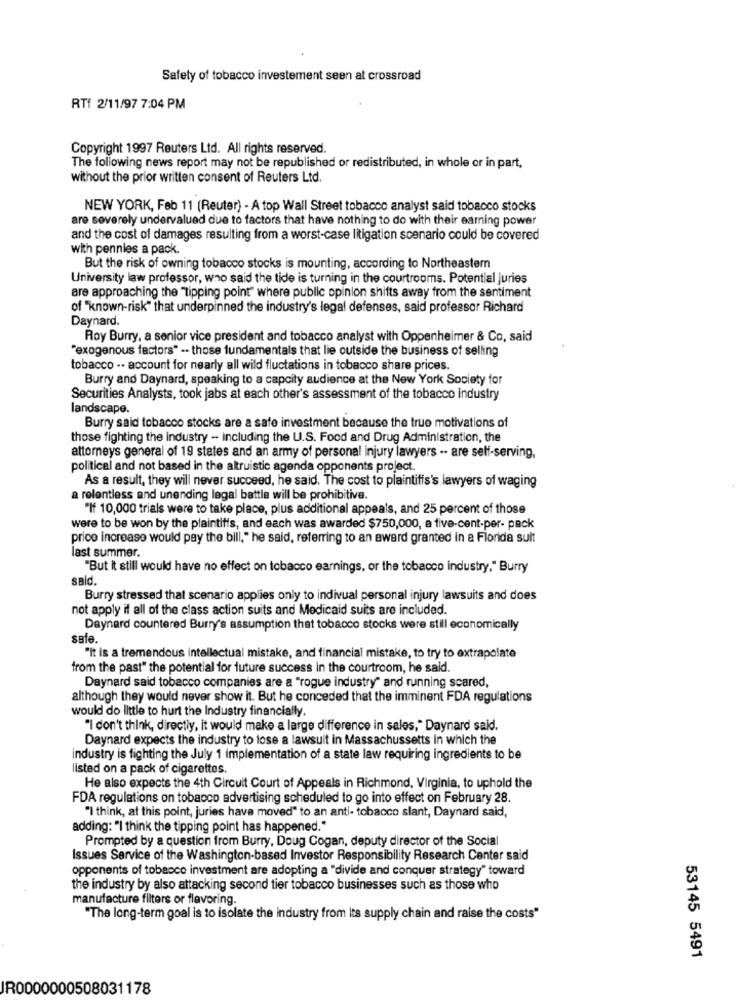
Safety of tobacco investement seen at crossroad
RTf 2/11/97 7:04 PM
Copyright 1997 Reuters Ltd. All rights reserved.
The following news report may not be republished or redistributed, in whole or in part,
without the prior written consent of Reuters Ltd.
NEW YORK, Feb 11 (Reuter) - A top Wall Street tobacco analyst said tobacco stocks
are severely undervalued due to factors that have nothing to do with their earning power
and the cost of damages resulting from a worst-case litigation scenario could be covered
with pennies a pack.
But the risk of owning tobacco stocks is mounting, according to Northeastern
University law professor, who said the tide is turning in the courtrooms. Potential juries
are approaching the "tipping point" where public opinion shifts away from the sentiment
of "known-risk" that underpinned the industry's legal defenses, said professor Richard
Daynard.
Roy Burry, a senior vice president and tobacco analyst with Oppenheimer & Co, said
"exogenous factors" .. those fundamentals that lie outside the business of selling
tobacco .. account for nearly all wild fluctations in tobacco share prices.
Burry and Daynard, speaking to a capcity audience at the New York Society for
Securities Analysts, took jabs at each other's assessment of the tobacco industry
landscape.
Burry said tobacco stocks are a safe investment because the true motivations of
those fighting the industry - including the U.S. Food and Drug Administration, the
attorneys general of 19 states and an army of personal injury lawyers .· are self-serving,
political and not based in the altruistic agenda opponents project.
As a result, they will never succeed, he said. The cost to plaintiffs's lawyers of waging
a relentless and unending legal battle will be prohibitive.
"If 10,000 trials were to take place, plus additional appeals, and 25 percent of those
were to be won by the plaintiffs, and each was awarded $750,000, a five-cent-per- pack
price increase would pay the bill," he said, referring to an award granted in a Florida suit
last summer.
"But It still would have no effect on tobacco earnings, or the tobacco industry," Burry
said.
Burry stressed that scenario applies only to indivual personal injury lawsuits and does
not apply if all of the class action suits and Medicaid suits are included.
Daynard countered Burry's assumption that tobacco stocks were still economically
safe.
"It is a tremendous intellectual mistake, and financial mistake, to try to extrapolate
from the past" the potential for future success in the courtroom, he said.
Daynard said tobacco companies are a "rogue industry" and running scared,
although they would never show it. But he conceded that the imminent FDA regulations
would do little to hurt the Industry financially.
"I don't think, directly, it would make a large difference in sales," Daynard said.
Daynard expects the industry to lose a lawsuit in Massachussetts in which the
industry is fighting the July 1 implementation of a state law requiring ingredients to be
listed on a pack of cigarettes.
He also expects the 4th Circuit Court of Appeals in Richmond, Virginia, to uphold the
FDA regulations on tobacco advertising scheduled to go into effect on February 28.
"I think, at this point, juries hava moved" to an anti- tobacco slant, Daynard said,
adding: "I think the tipping point has happened."
Prompted by a question from Burry, Doug Cogan, deputy director of the Social
Issues Service of the Washington-based Investor Responsibility Research Center said
opponents of tobacco investment are adopting a "divide and conquer strategy" toward
the industry by also attacking second tier tobacco businesses such as those who
manufacture filters or flavoring
"The long-term goal is to isolate the industry from its supply chain and raise the costs"
53145 5491
IR0000000508031178